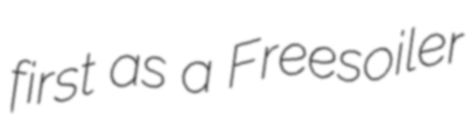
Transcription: first as a Freesoiler